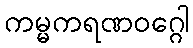
ကမ္မကရဏဝဂ္ဂေါ